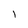
Character: 1